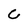
Character: C